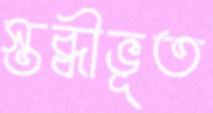
স্তব্ধীভূত